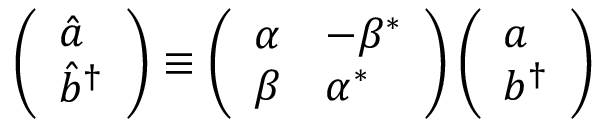
\left( \begin{array} { l } { { { \hat { a } } } } \\ { { { \hat { b } } ^ { \dagger } } } \end{array} \right) \equiv \left( \begin{array} { l l } { { \alpha } } & { { - \beta ^ { * } } } \\ { { \beta } } & { { \alpha ^ { * } } } \end{array} \right) \left( \begin{array} { l } { { a } } \\ { { b ^ { \dagger } } } \end{array} \right)